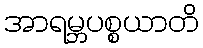
အာရမ္ဘပစ္စယာတိ